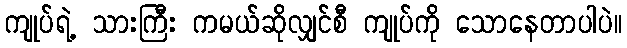
ကျုပ်ရဲ့ သားကြီး ကမယ်ဆိုလျှင်စီ ကျုပ်ကို သောနေတာပါပဲ။